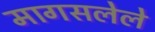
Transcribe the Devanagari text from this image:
मागसलेले